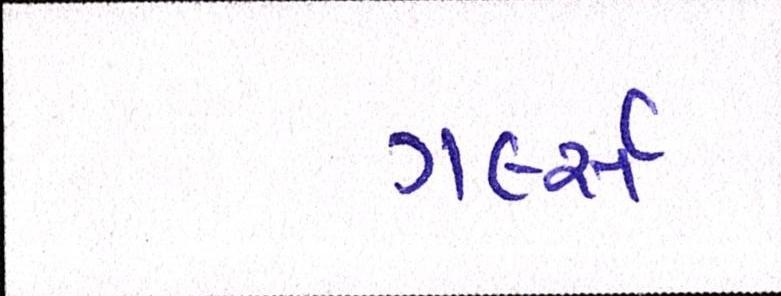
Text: ગર્લ્સ